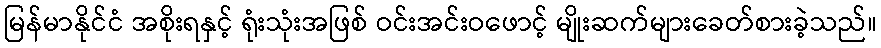
မြန်မာနိုင်ငံ အစိုးရနှင့် ရုံးသုံးအဖြစ် ဝင်းအင်းဝဖောင့် မျိုးဆက်များခေတ်စားခဲ့သည်။